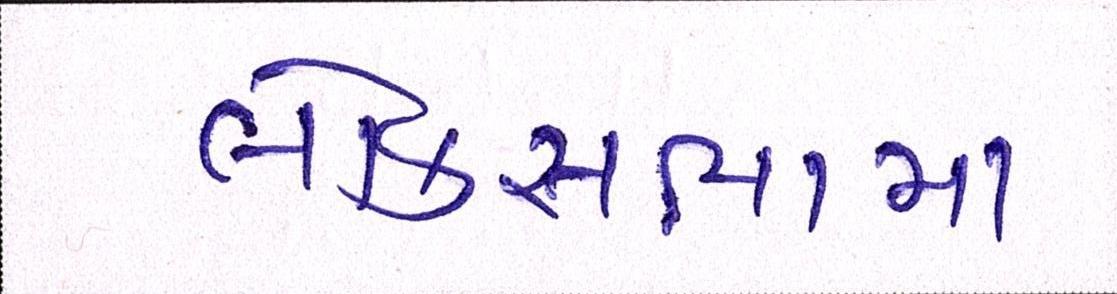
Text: લોકસભામાં